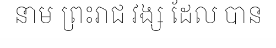
នាម ព្រះរាជ វង្ស ដែល បាន